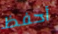
أحفظ